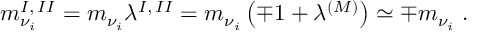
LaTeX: m _ { \nu _ { i } } ^ { I , \, I I } = m _ { \nu _ { i } } \lambda ^ { I , \, I I } = m _ { \nu _ { i } } \left( \mp 1 + \lambda ^ { ( M ) } \right) \simeq \mp m _ { \nu _ { i } } \; .